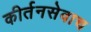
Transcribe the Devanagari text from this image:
कीर्तनसेवाच